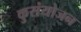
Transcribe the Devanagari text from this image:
कुसंयोजन